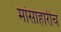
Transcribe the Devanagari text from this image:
मांसाहारीच